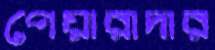
পেয়ারাদার